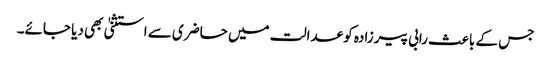
جس کے باعث رابی پیرزادہ کو عدالت میں حاضری سے استثنیٰ بھی دیا جائے۔